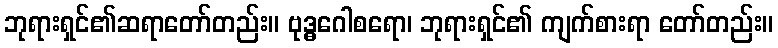
ဘုရားရှင်၏ဆရာတော်တည်း။ ဗုဒ္ဓဂေါစရော၊ ဘုရားရှင်၏ ကျက်စားရာ တော်တည်း။